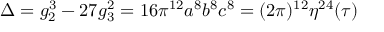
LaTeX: \Delta = g _ { 2 } ^ { 3 } - 2 7 g _ { 3 } ^ { 2 } = 1 6 \pi ^ { 1 2 } a ^ { 8 } b ^ { 8 } c ^ { 8 } = ( 2 \pi ) ^ { 1 2 } \eta ^ { 2 4 } ( \tau )